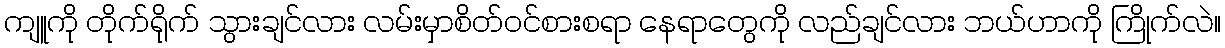
ကျူကို တိုက်ရိုက် သွားချင်လား လမ်းမှာစိတ်ဝင်စားစရာ နေရာတွေကို လည်ချင်လား ဘယ်ဟာကို ကြိုက်လဲ။